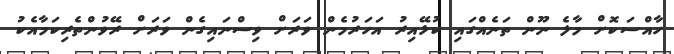
ހާއްސަކޮށް މާލެ ނޫން ތަނެއްގައި ކުޅޭއިރު އަހަރުމެން ވަރަށް ވިސްނައިގެން ވަރަށް ރޭވުންތެރިކަމާއެކު